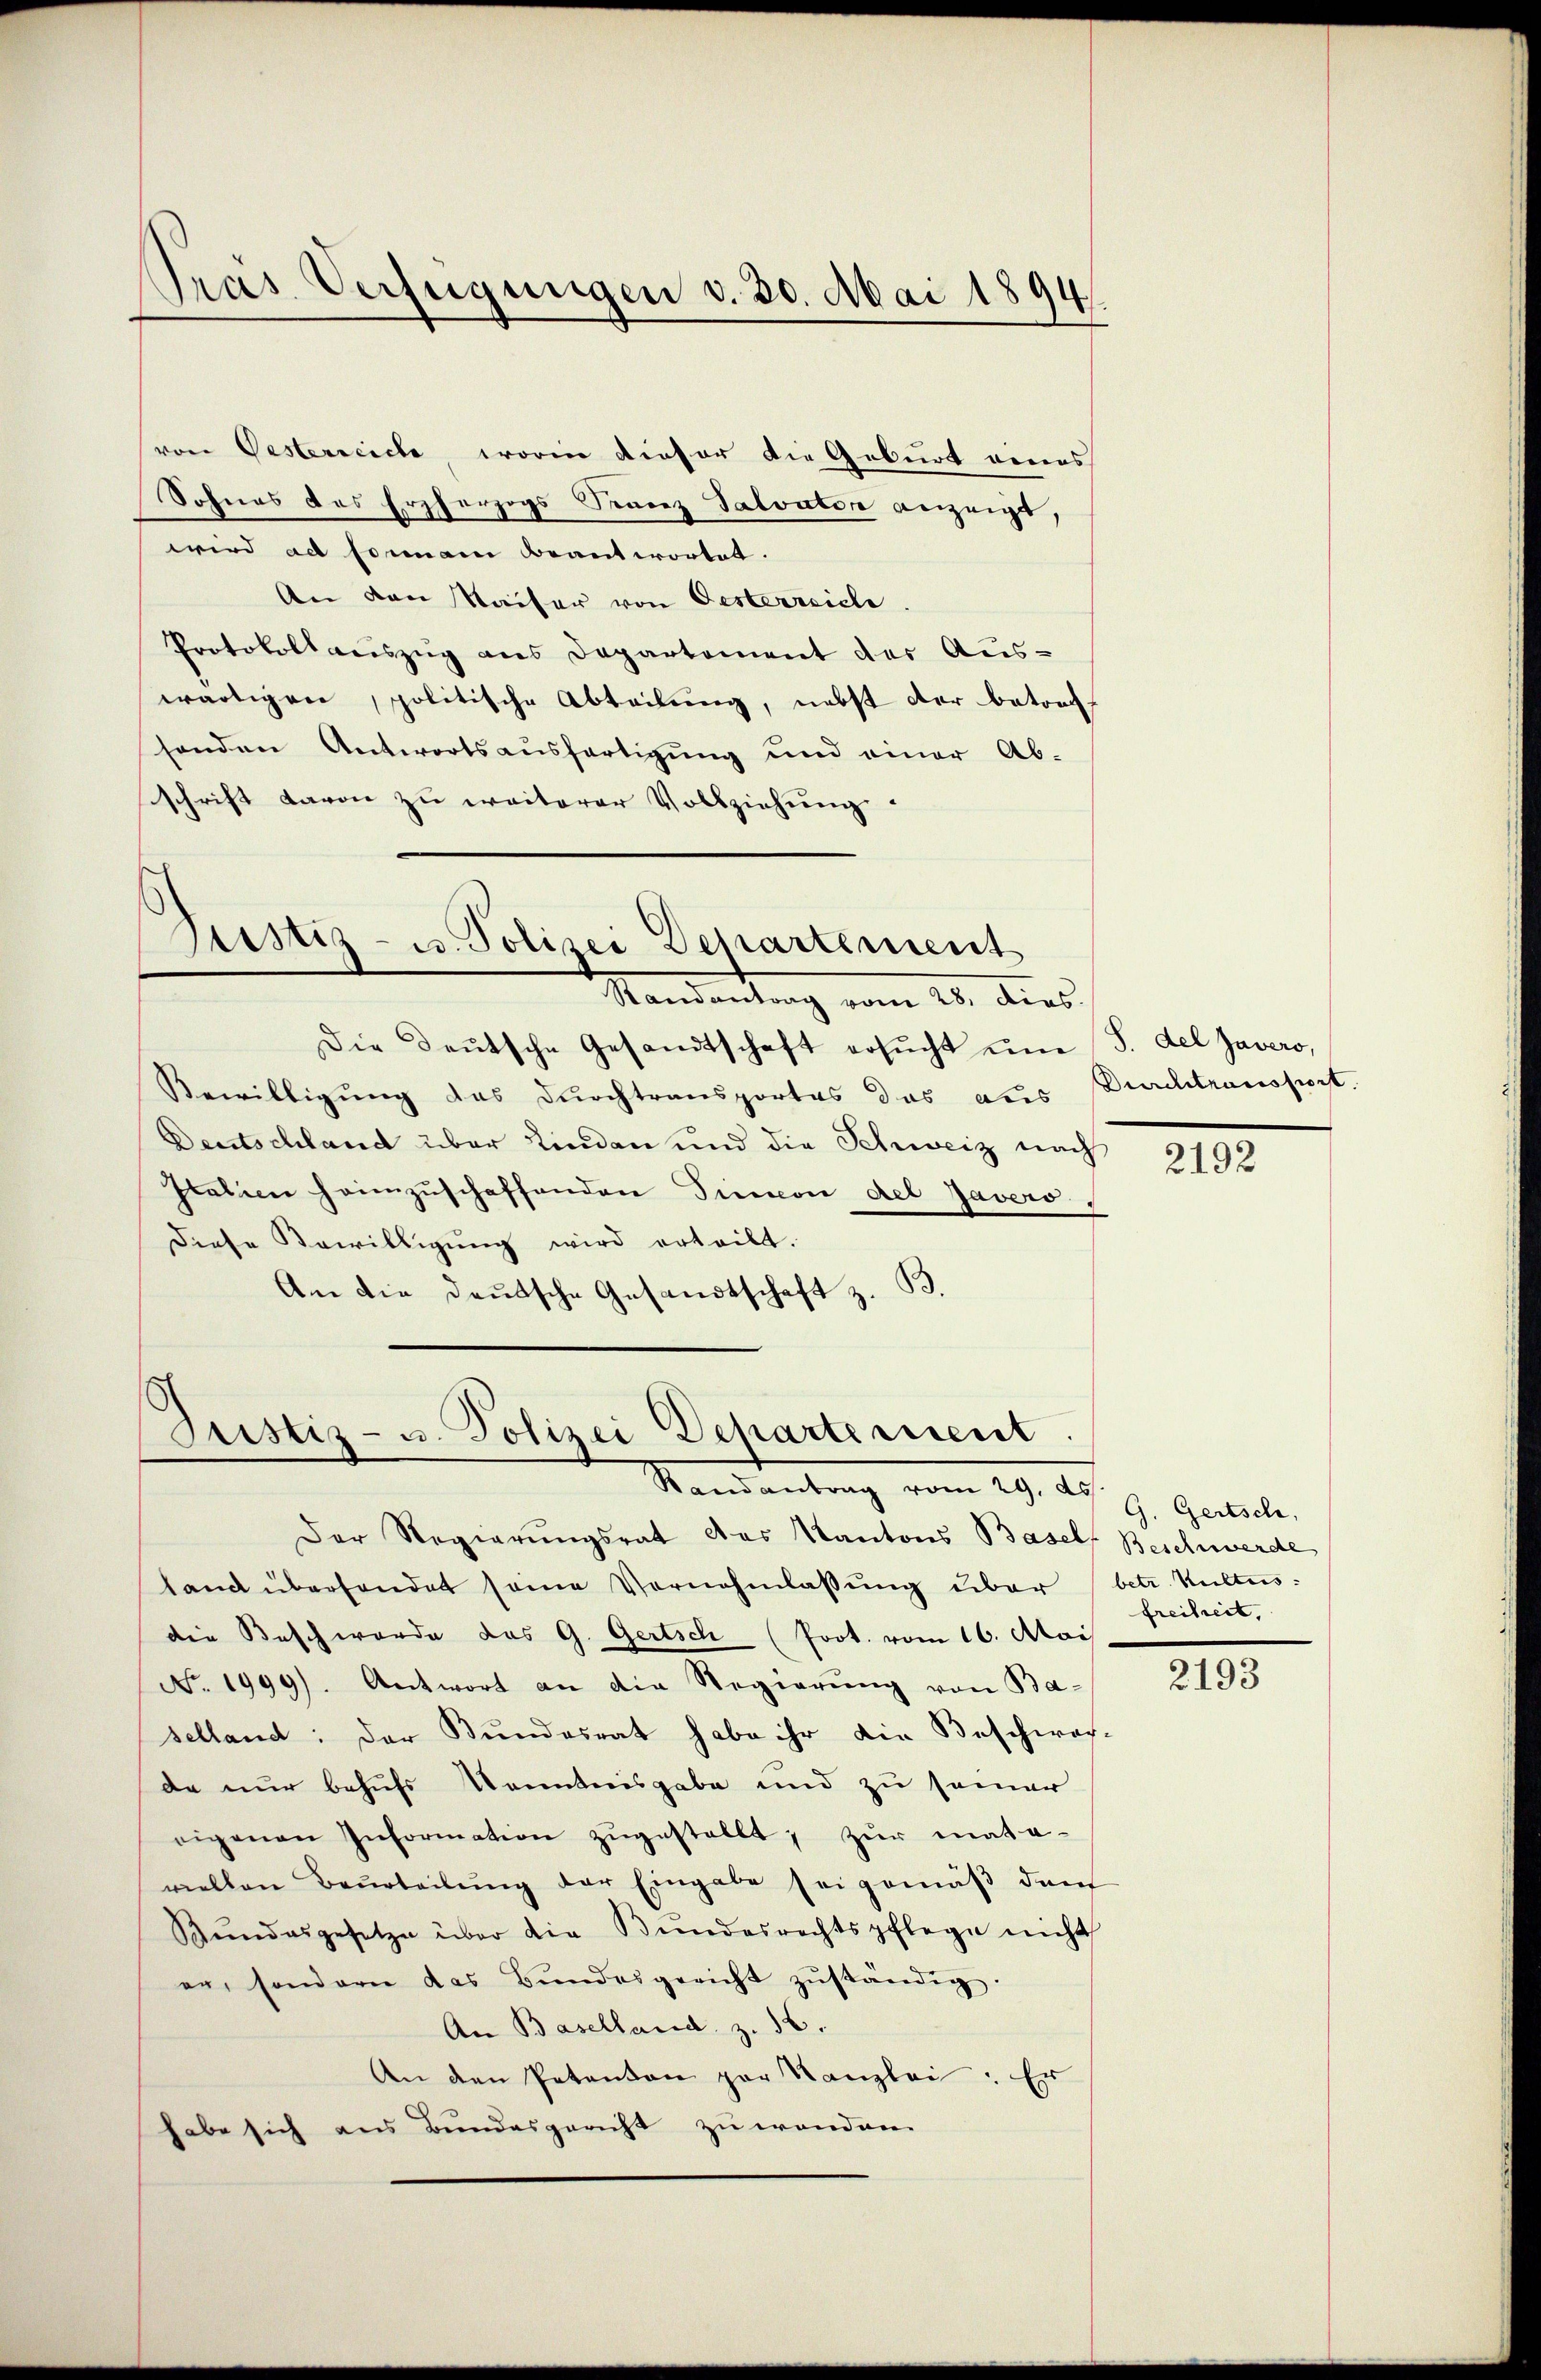
Pras Verfügungen v. 30. Mai 1894.

von Oesterreiche, worin dieser die Geburt eines
Sohnes des Erzherzogs Franz Salvator anzeigt,
wird ad sommann beantwortet. |
An den Kaiser von Oesterreiche
Protokollauszug aus Departement des Aus-
wärtigen politische Abteilung, nebst der betrefsenden Antwortsausfertigung und einer Ab-
schrift davon zu weiterer Vollziehŭng.

Justiz- u. Polizei Departement

Randantrag vom 28. dies
Die Deutsche Gesandtschaft ersŭcht ŭm (S. del Javers,
Bewilligung des Durchtransportes das aus Durchtransport.
Deutschland über Linden und die Schweiz nach
Italien heimzuschaffenden Tinion del Javers
diese Bewilligung wird erteilt.
An die deutsche Gesandtschaft z. B.

Justiz- u. Polizei Departement.
Randentrag vom 29. ds. g. Gubele

Der Regierungsrat das Kantons Basel
land überhandet seine Vernehmlassung über
die Beschwerde das G. Gertsch (Prot. vom 16. Mai
No. 1999). Antwort an die Regierung von Ba-
selland: Der Kundesrat habe ihr die Beschwarde nur behufs Kenntnisgabe und zu seiner
eigenen Information zŭgestellt, zur mate-
viellen Beurteilŭng der Eingabe sei gemäβ dem
Rŭndesgesetze über die Bundesrechtspflege nicht
er, sondern das Bŭndesgericht zŭständig.
An Baselland z. 16.
An den Petenten par Kanzlei. Er
habe sich aus Bundesgericht zu wenden.

2192

Beschwerde
betr. Kulturs- |
freiheit,

2193